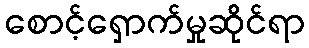
စောင့်ရှောက်မှုဆိုင်ရာ